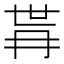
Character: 𭁫